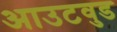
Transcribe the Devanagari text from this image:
आउटवुड